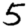
Digit: 5